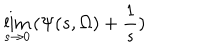
\lim _ { s \rightarrow 0 } \, ( \Psi ( s , \Omega ) + \frac { 1 } { s } )